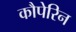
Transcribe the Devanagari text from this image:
कौपेरिन